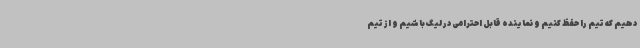
دهیم که تیم را حفظ کنیم و نماینده قابل احترامی در لیگ باشیم و از تیم